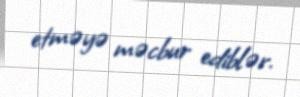
etməyə məcbur ediblər.